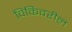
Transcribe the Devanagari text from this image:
विकिवरील